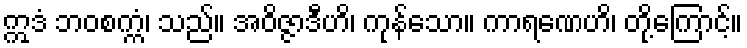
ဣဒံ ဘဝစက္ကံ၊ သည်။ အဝိဇ္ဇာဒီဟိ၊ ကုန်သော။ ကာရဏေဟိ၊ တို့ကြောင့်။